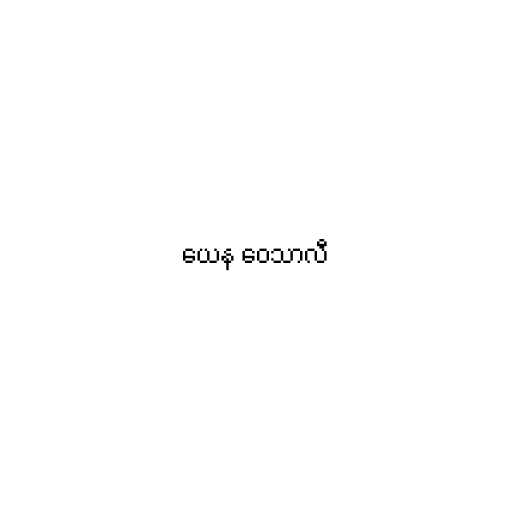
ယေန ဝေသာလီ